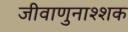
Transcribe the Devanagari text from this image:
जीवाणुनाश्शक